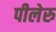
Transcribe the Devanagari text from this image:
पीलेरु